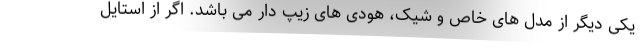
یکی دیگر از مدل های خاص و شیک، هودی های زیپ دار می باشد. اگر از استایل